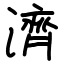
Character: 濟